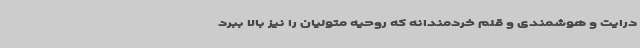
درایت و هوشمندی و قلم خردمندانه که روحیه متولیان را نیز بالا ببرد